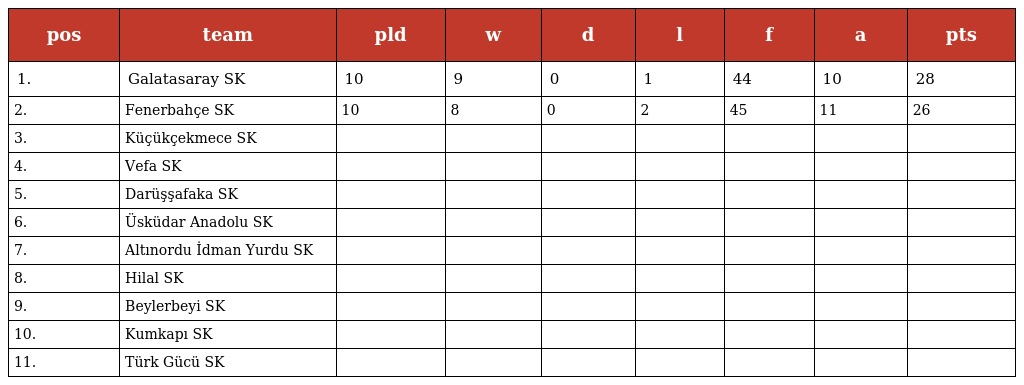
| pos | team | pld | w | d | l | f | a | pts |
 | --- | --- | --- | --- | --- | --- | --- | --- | --- |
 | 1. | Galatasaray SK | 10 | 9 | 0 | 1 | 44 | 10 | 28 |
 | 2. | Fenerbahçe SK | 10 | 8 | 0 | 2 | 45 | 11 | 26 |
 | 3. | Küçükçekmece SK |  |  |  |  |  |  |  |
 | 4. | Vefa SK |  |  |  |  |  |  |  |
 | 5. | Darüşşafaka SK |  |  |  |  |  |  |  |
 | 6. | Üsküdar Anadolu SK |  |  |  |  |  |  |  |
 | 7. | Altınordu İdman Yurdu SK |  |  |  |  |  |  |  |
 | 8. | Hilal SK |  |  |  |  |  |  |  |
 | 9. | Beylerbeyi SK |  |  |  |  |  |  |  |
 | 10. | Kumkapı SK |  |  |  |  |  |  |  |
 | 11. | Türk Gücü SK |  |  |  |  |  |  |  |